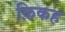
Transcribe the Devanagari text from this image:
क़िकह